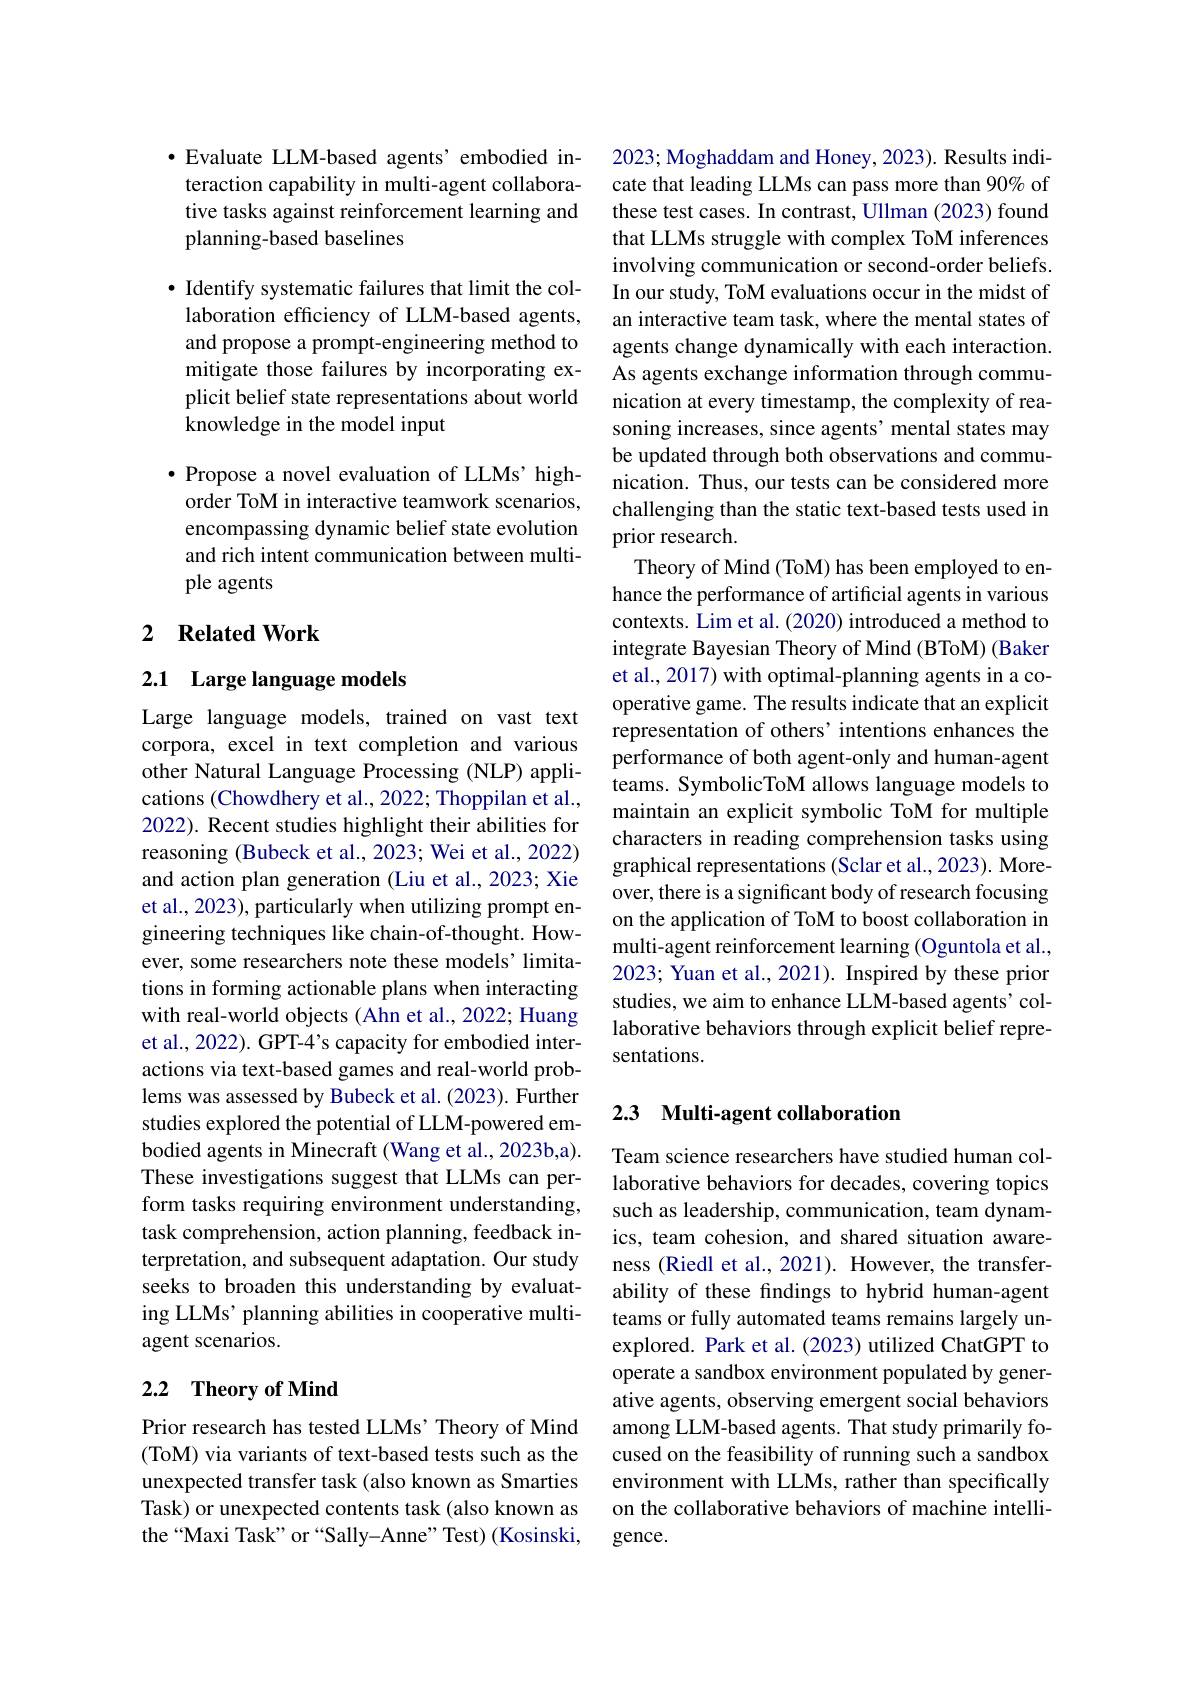
$\bullet$ Evaluate LLM-based agents'embodied interaction capability in multi-agent collaborative tasks against reinforcement learning and planning-based baselines

· Identify systematic failures that limit the collaboration efficiency of LLM-based agents, and propose a prompt-engineering method to mitigate those failures by incorporating explicit belief state representations about world knowledge in the model input

$\bullet$ Propose a novel evaluation of LLMs' highorder ToM in interactive teamwork scenarios, encompassing dynamic belief state evolution and rich intent communication between multiple agents

## 2 $\textbf{Related Work}$

## 2.1 Large language models

Large language models, trained on vast text corpora, excel in text completion and various other Natural Language Processing (NLP) applications (Chowdhery et al., 2022; Thoppilan et al., 2022). Recent studies highlight their abilities for reasoning (Bubeck et al., 2023; Wei et al., 2022) and action plan generation (Liu et al., 2023; Xie et al., 2023), particularly when utilizing prompt engineering techniques like chain-of-thought. However, some researchers note these models' limitations in forming actionable plans when interacting with real-world objects (Ahn et al., 2022; Huang et al., 2022). GPT-4's capacity for embodied interactions via text-based games and real-world problems was assessed by Bubeck et al.(2023). Further studies explored the potential of LLM-powered embodied agents in Minecraft (Wang et al., 2023b,a). These investigations suggest that LLMs can perform tasks requiring environment understanding, task comprehension, action planning, feedback interpretation, and subsequent adaptation. Our study seeks to broaden this understanding by evaluating LLMs' planning abilities in cooperative multiagent scenarios.

## 2.2 $\textbf{Theory of Mind}$

Prior research has tested LLMs’ Theory of Mind (ToM) via variants of text-based tests such as the unexpected transfer task (also known as Smarties Task) or unexpected contents task (also known as the“Maxi Task”or“Sally-Anne”Test)(Kosinski,

2023; Moghaddam and Honey, 2023). Results indicate that leading LLMs can pass more than 90% of these test cases. In contrast, Ullman (2023) found that LLMs struggle with complex ToM inferences involving communication or second-order beliefs. In our study, ToM evaluations occur in the midst of an interactive team task, where the mental states of agents change dynamically with each interaction. As agents exchange information through communication at every timestamp, the complexity of reasoning increases, since agents' mental states may be updated through both observations and communication. Thus, our tests can be considered more challenging than the static text-based tests used in prior research.
Theory of Mind (ToM) has been employed to enhance the performance of artificial agents in various contexts. Lim et al. (2020) introduced a method to integrate Bayesian Theory of Mind (BToM) (Baker et al., 2017) with optimal-planning agents in a cooperative game. The results indicate that an explicit representation of others' intentions enhances the performance of both agent-only and human-agent teams. SymbolicToM allows language models to maintain an explicit symbolic ToM for multiple characters in reading comprehension tasks using graphical representations (Sclar et al., 2023). Moreover, there is a significant body of research focusing on the application of ToM to boost collaboration in multi-agent reinforcement learning (Oguntola et al., 2023; Yuan et al., 2021). Inspired by these prior studies, we aim to enhance LLM-based agents' collaborative behaviors through explicit belief representations.

## 2.3 Multi-agent collaboration

Team science researchers have studied human collaborative behaviors for decades, covering topics such as leadership, communication, team dynamics, team cohesion, and shared situation awareness (Riedl et al., 2021). However, the transferability of these findings to hybrid human-agent teams or fully automated teams remains largely unexplored. Park et al. (2023) utilized ChatGPT to operate a sandbox environment populated by generative agents, observing emergent social behaviors among LLM-based agents. That study primarily focused on the feasibility of running such a sandbox environment with LLMs, rather than specifically on the collaborative behaviors of machine intelligence.